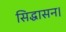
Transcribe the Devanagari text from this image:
सिद्धासन।